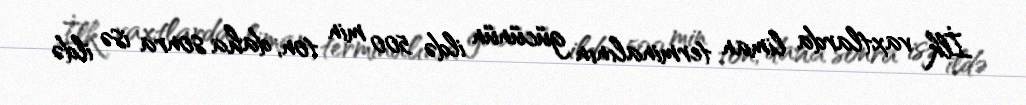
İlk vaxtlarda liman terminalının gücünün ildə 500 min ton, daha sonra isə ildə